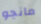
مانجو